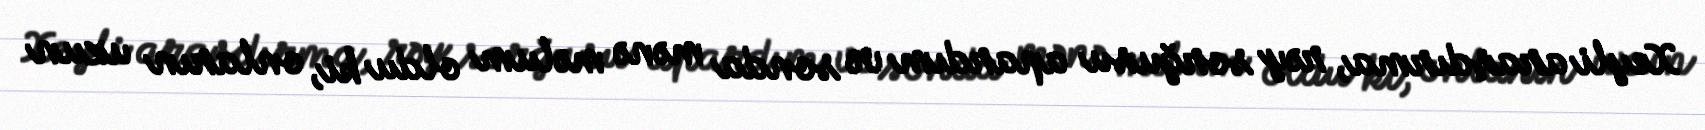
Xeyli araşdırma, rəy sorğusu apardım və sonda mənə məlum oldu ki, onların uzun